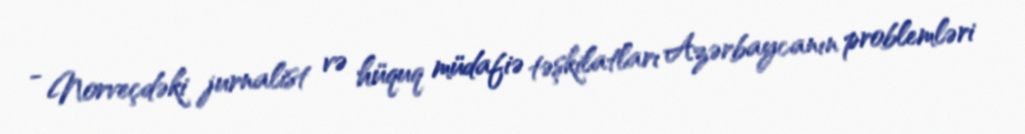
- Norveçdəki jurnalist və hüquq müdafiə təşkilatları Azərbaycanın problemləri